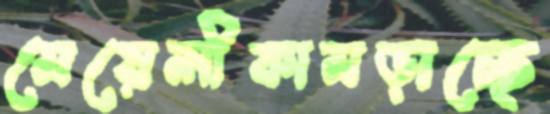
মেয়েলীকামড়াচ্ছে